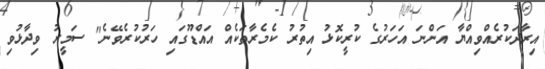
އިރާދަކުރެއްވިއްޔާ އަންނަ އަހަރުގެ ކުރީކޮޅު އިތުރު ކެމެރާތަކެއް އައްޑޫގައި ހަރުކުރެވޭނެ" ސަމީރު ވިދާޅުވި